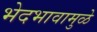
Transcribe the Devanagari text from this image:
भेदभावामुळे